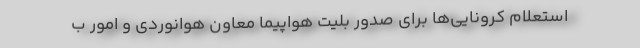
استعلام کرونایی‌ها برای صدور بلیت هواپیما معاون هوانوردی و امور ب